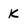
Character: k